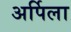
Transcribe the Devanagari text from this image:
अर्पिला